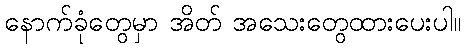
နောက်ခုံတွေမှာ အိတ် အသေးတွေထားပေးပါ။